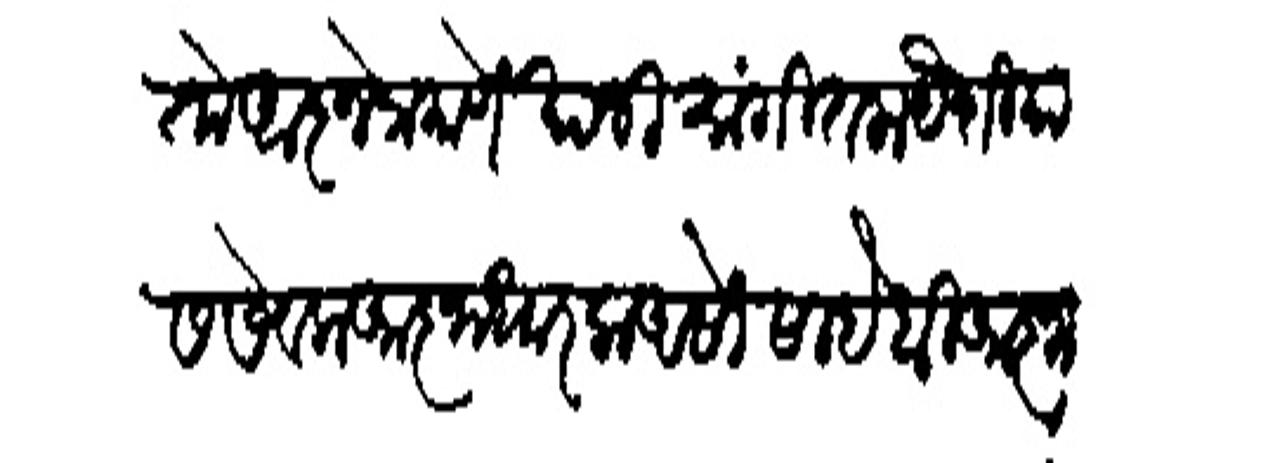
Transliteration (Devanagari): तो आजेप्रमाणें यानी सांगितला येशियास सेवक आजाधारक असो साहेबी आज्ञा